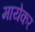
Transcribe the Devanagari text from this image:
मायेकर